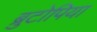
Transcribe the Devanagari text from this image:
ब्रुटोपिया